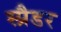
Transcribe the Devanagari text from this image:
स्प्रैडर